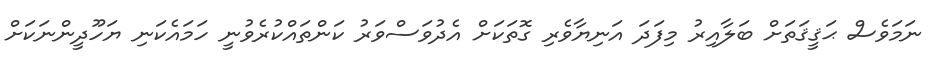
ނަމަވެސް ޙަޤީޤަތަށް ބަލާއިރު މިފަދަ އަނިޔާވެރި ގޮތަކަށް އެދުވަސްވަރު ކަންތައްކުރެވުނީ ހަމައެކަނި ޔަހޫދީންނަކަށް